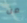
من